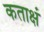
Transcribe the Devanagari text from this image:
कताक्षं